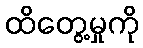
ထိတွေ့မှုကို